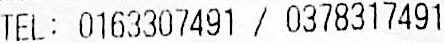
TEL: 0163307491 / 0378317491